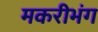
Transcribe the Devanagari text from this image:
मकरीभंग